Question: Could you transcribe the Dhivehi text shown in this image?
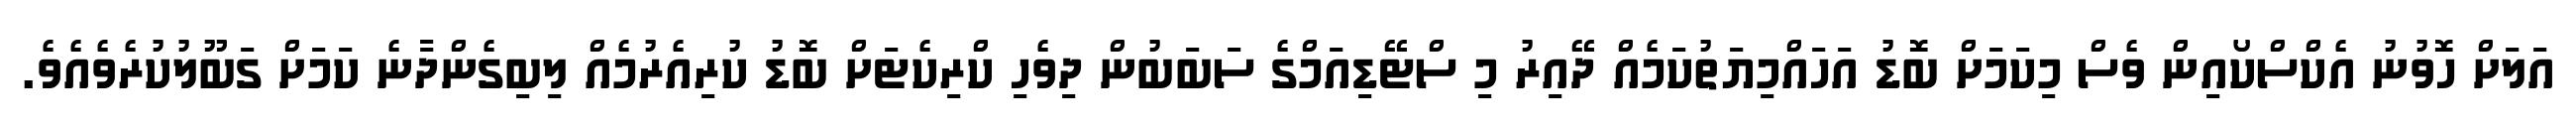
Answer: އަލަށް ހޮވުނު އެކްސްކޯއިން ވެސް މިކަމަށް ބޮޑު އަހައްމިޔަތުކަމެއް ދޭއިރު މި ސްޓޭޑިއަމްގެ ސަބަބުން ދިވެހި ކްރިކެޓަށް ބޮޑު ކުރިއެރުމެއް ލިބިގެންދާނެ ކަމަށް ގަބޫލުކުރެވެއެވެ.